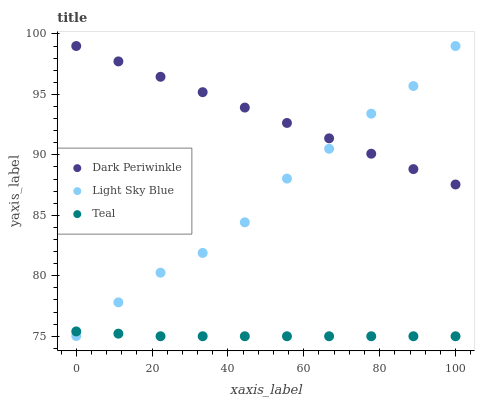
| xaxis_label | Dark Periwinkle | Light Sky Blue | Teal |
 | --- | --- | --- | --- |
 | 0 | 99 | 75 | 75.4 |
 | 11.1 | 97.7 | 77.8 | 75.2 |
 | 22.2 | 96.5 | 80.3 | 75 |
 | 33.3 | 95.2 | 81.9 | 75 |
 | 44.4 | 93.9 | 84.4 | 75 |
 | 55.6 | 92.6 | 88 | 75 |
 | 66.7 | 91.4 | 90.5 | 75 |
 | 77.8 | 90.1 | 93.4 | 75 |
 | 88.9 | 88.8 | 95.7 | 75 |
 | 100 | 87.5 | 99 | 75 |